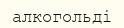
алкогольді